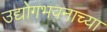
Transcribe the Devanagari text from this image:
उद्योगभवनाच्या